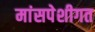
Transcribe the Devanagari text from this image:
मांसपेशीगत